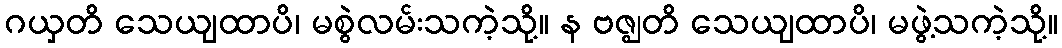
ဂယှတိ သေယျထာပိ၊ မစွဲလမ်းသကဲ့သို့။ န ဗဇ္ဈတိ သေယျထာပိ၊ မဖွဲ့သကဲ့သို့။